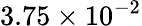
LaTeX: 3.75\times 10^{-2}